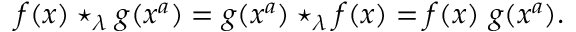
f ( x ) \star _ { \lambda } g ( x ^ { a } ) = g ( x ^ { a } ) \star _ { \lambda } f ( x ) = f ( x ) \ g ( x ^ { a } ) .